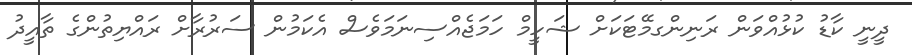
ދީނީ ކާޑު ކުޅުއްވަން ރަނިންގމޭޓަކަށް ޝަހީމް ހަމަޖެއްސިނަމަވެސް އެކަމުން ސަރުރާށް ރައްޔިތުންގެ ތާއީދު